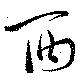
酉